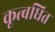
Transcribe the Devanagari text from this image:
कूत्बधित